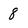
Character: 8